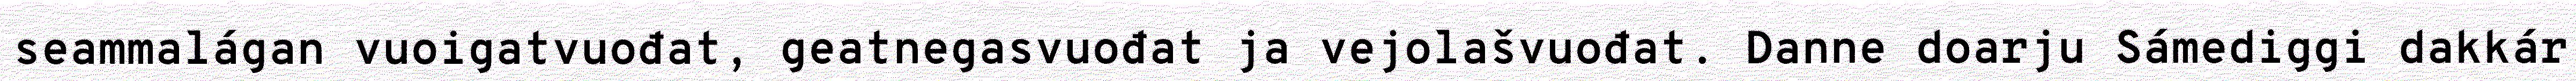
seammalágan vuoigatvuođat, geatnegasvuođat ja vejolašvuođat. Danne doarju Sámediggi dakkár